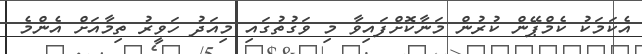
އެކަމަކު ކެމްޕޭން ކުރުން މަނާކޮށްފައިވާ މި ވަގުތުގައި މިއަދު ހަވީރު ތިމާއަށް އެންމެ